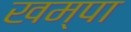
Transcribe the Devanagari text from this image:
खम्पा